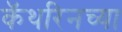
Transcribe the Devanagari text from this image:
कॅथरिनच्या